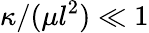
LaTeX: \kappa/(\mu l^{2})\ll 1